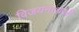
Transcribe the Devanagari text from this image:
विजयनाथजी